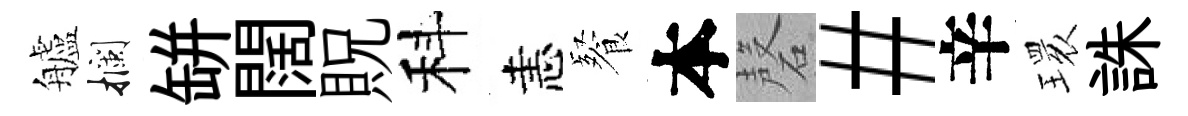
艫攔缾闊貺科恚餐本磬#辛𤨔誅